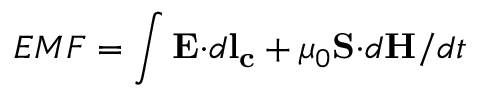
E M F = \int { \bf E \cdot } d { \bf l _ { c } } + \mu _ { 0 } { \bf S \cdot } d { \bf H } / d t